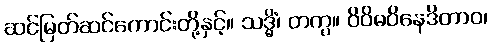
ဆင်မြတ်ဆင်ကောင်းတို့နှင့်။ သဒ္ဓိံ၊ တကွ။ ဝိဝိဓဝိနေဒိတာဝ၊